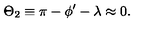
\Theta _ { 2 } \equiv \pi - \phi ^ { \prime } - \lambda \approx 0 .